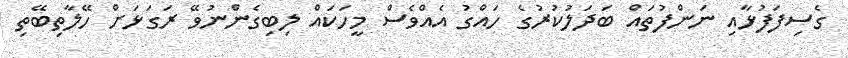
ގެސިފަފުޅާއި ނަންފުތައް ބަދަލުކުރުގެ ހައްގު އެއްވެސް މީހަކައް ލިބިގެންނުވޭ ރަގަޅަށް ހޭލާތިބޭތި